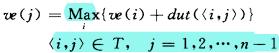
\[
\begin{align*}
ve(j)&=\text{Max}\{ve(i) + dut((i,j))\}\\
(i,j)&\in T,\ j = 1,2,\cdots,n - 1
\end{align*}
\]